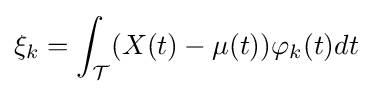
\xi _{k}=\int _{\mathcal {T}}(X(t)-\mu (t))\varphi _{k}(t)dt